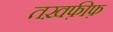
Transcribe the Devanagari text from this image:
तख़फ़ीफ़